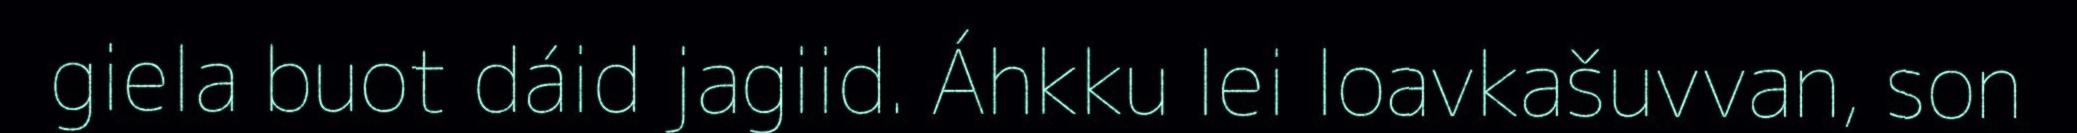
giela buot dáid jagiid. Áhkku lei loavkašuvvan, son